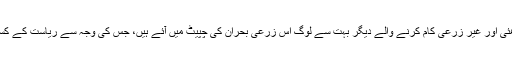
برتن ساز، چمڑے کا کام کرنے والے، بڑھئی اور غیر زرعی کام کرنے والے دیگر بہت سے لوگ اس زرعی بحران کی چپیٹ میں آئے ہیں، جس کی وجہ سے ریاست کے کسان خودکشی کرنے پر مجبور ہو رہے ہیں۔